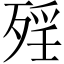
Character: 𣨮